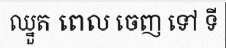
ឈ្នួត ពេល ចេញ ទៅ ទី